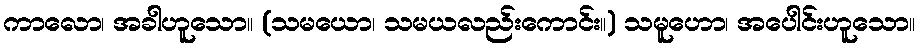
ကာလော၊ အခါဟူသော။ (သမယော၊ သမယလည်းကောင်း။) သမူဟော၊ အပေါင်းဟူသော။